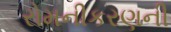
રોમનીકરણની